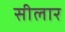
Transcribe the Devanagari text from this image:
सीलार